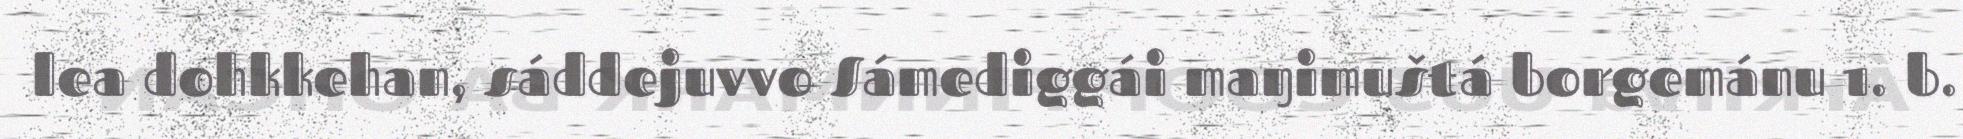
lea dohkkehan, sáddejuvvo Sámediggái maŋimuštá borgemánu 1. b.